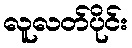
လူလတ်ပိုင်း